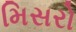
મિસરો